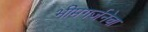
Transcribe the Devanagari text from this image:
भीमगर्जनेचा